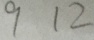
9 1 2